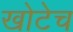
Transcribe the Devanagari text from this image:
खोटेच